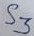
Text: S3